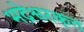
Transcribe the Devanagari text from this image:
भद्रेश्वरकृत